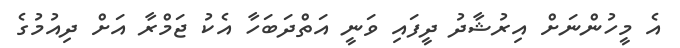
އެ މީހުންނަށް އިރުޝާދު ދީފައި ވަނީ އަތްދަބަހާ އެކު ޖަމްރާ އަށް ދިއުމުގެ